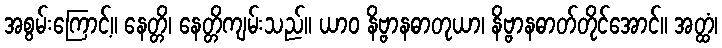
အစွမ်းကြောင့်။ နေတ္တိ၊ နေတ္တိကျမ်းသည်။ ယာဝ နိဗ္ဗာနဓာတုယာ၊ နိဗ္ဗာနဓာတ်တိုင်အောင်။ အတ္ထံ၊